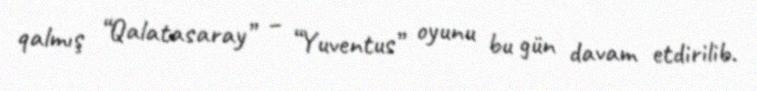
qalmış “Qalatasaray” – “Yuventus” oyunu bu gün davam etdirilib.